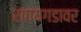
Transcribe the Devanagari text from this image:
रागयगडावर